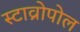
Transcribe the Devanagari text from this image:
स्टाव्रोपोल